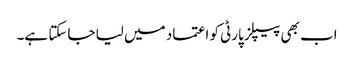
اب بھی پیپلز پارٹی کو اعتماد میں لیا جاسکتا ہے۔